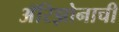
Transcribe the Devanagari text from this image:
अॅरिझोनाची